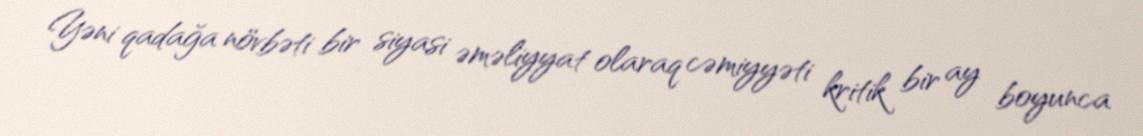
Yəni qadağa növbəti bir siyasi əməliyyat olaraq cəmiyyəti kritik bir ay boyunca